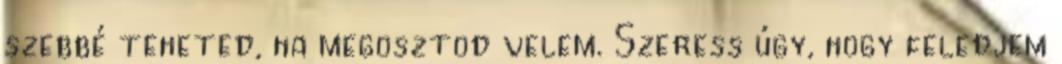
szebbé teheted, ha megosztod velem. Szeress úgy, hogy feledjem